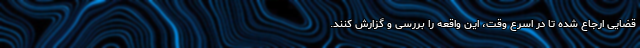
قضایی ارجاع شده تا در اسرع وقت، این واقعه را بررسی و گزارش کنند.